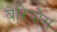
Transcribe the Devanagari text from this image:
बेरियोस